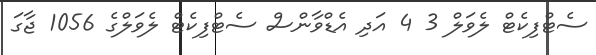
ސެޓްފިކެޓް ލެވަލް 3 4 އަދި އެޑްވާންސް ސެޓްފިކެޓް ލެވަލްގެ 1056 ޖާގަ